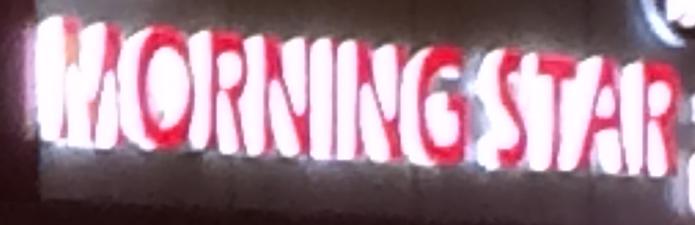
morning